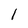
Character: 1